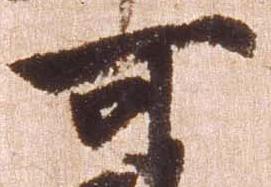
可